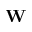
\mathbf { W }